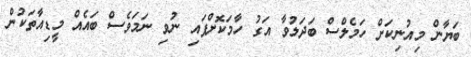
ބަޔާން މިއުނިކަށް ހަމެލްސް ބަދަލުވާ އަގު ހާމަކޮށްފައި ނުވި ނަމަވެސް ބައެއް މީޑިއާތަކުން